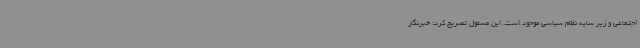
اجتماعی و زیر سایه نظام سیاسی موجود است. این مسئول تصریح کرد: خبرنگار